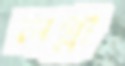
লগ্না